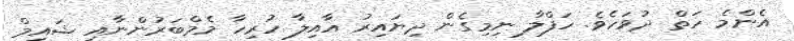
އެންމެ ހަތް ދުވަހެވެ. ހަފްލާ ނިމިގެން ދިޔައިރު އާއިލާ ހުރިހާ މެމްބަރުންނާއި ޝައިމް